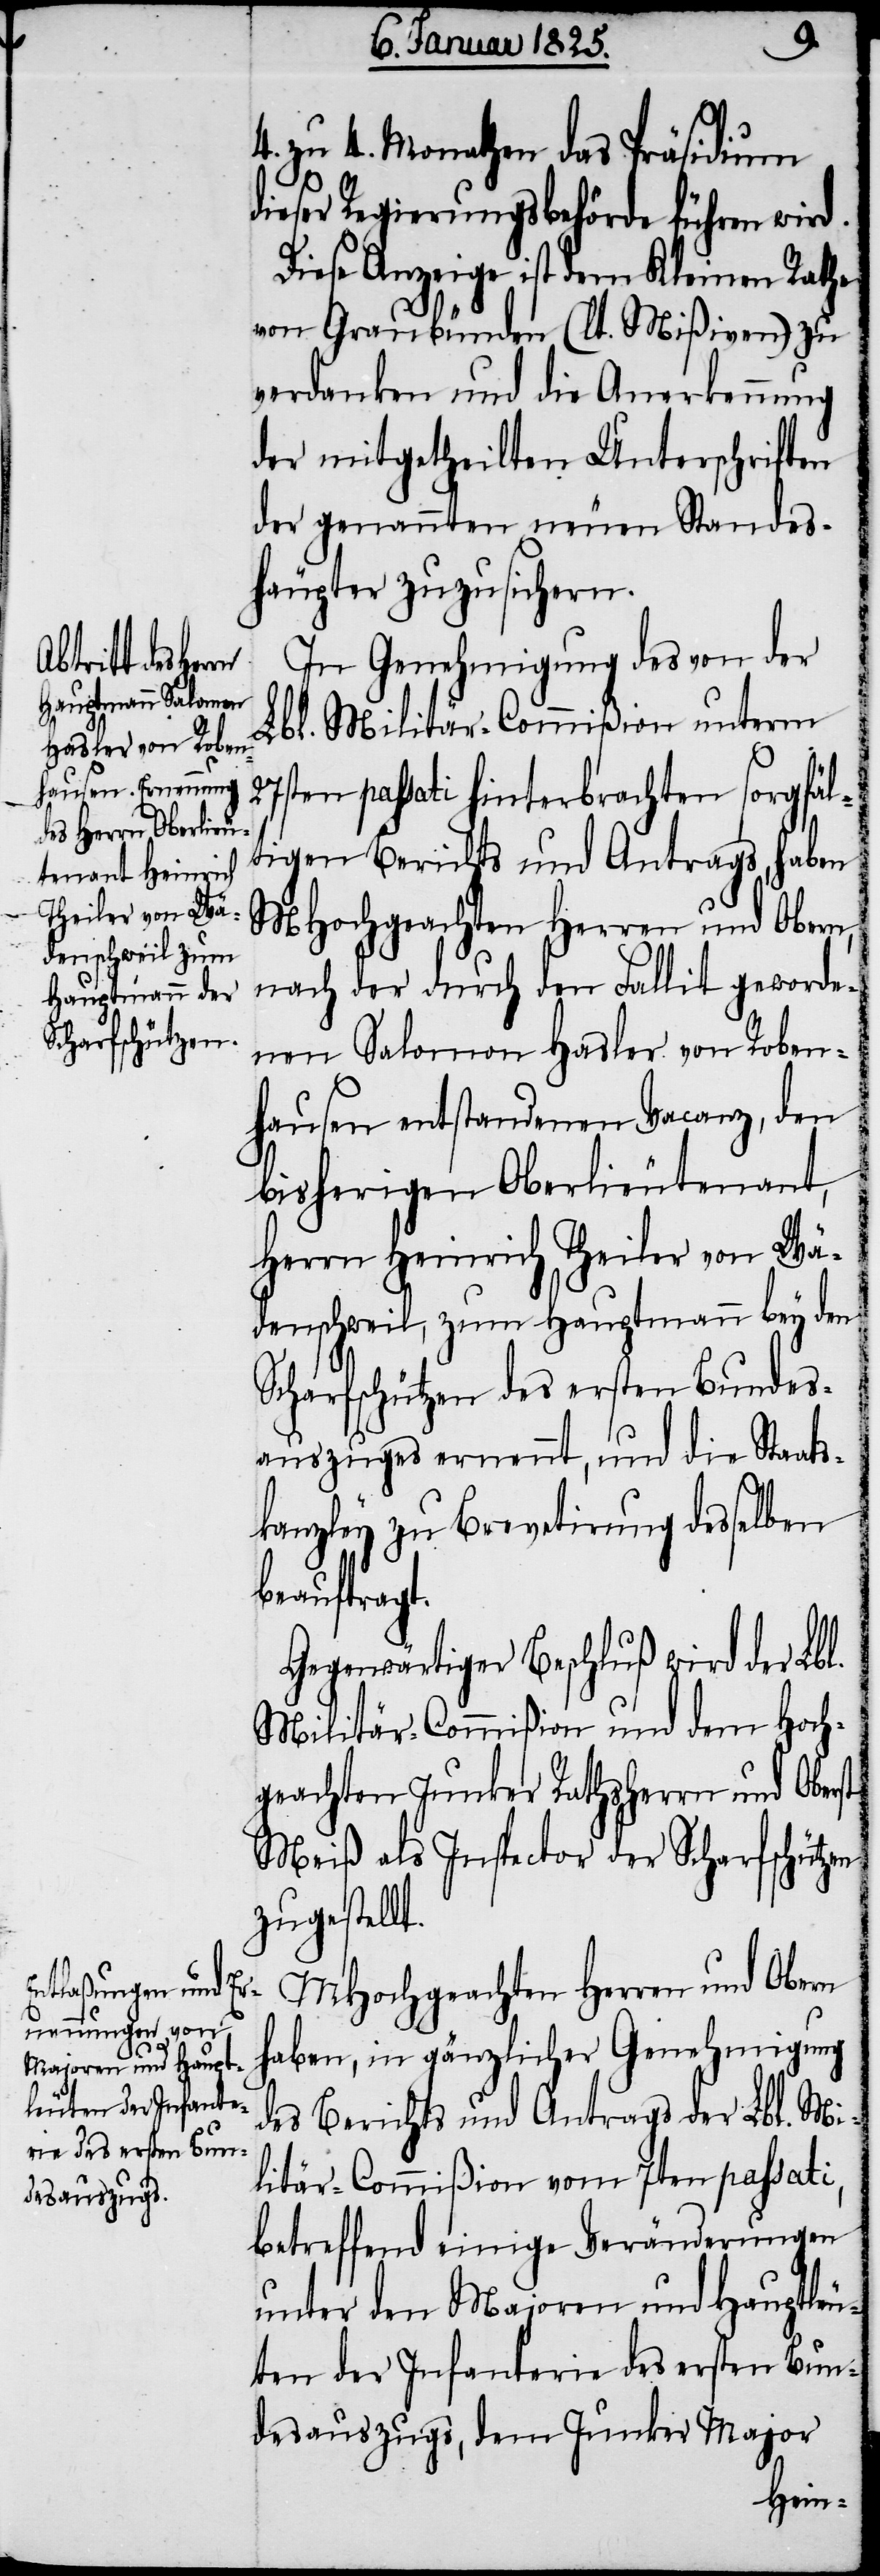
4. zu 4. Monathen das Präsidium
dieser Regierungsbehörde führen wird.
Diese Anzeige ist dem Kleinen Rathe
von Graubünden (lt. Mißiven) zu
verdanken und die Anerkennung
der mitgetheilten Unterschriften
der genannten neuen Standes¬
häupter zuzusichern.
In Genehmigung des von der
Lbl. Militär-Commißion unterm
27sten passati hinterbrachten sorgfäl¬
tigen Berichts und Antrags, haben
MHochgeachten Herren und Obern,
nach der durch den Fallit geworde¬
nen Salomon Hasler von Roben¬
hausen entstandenen Vacanz, den
bisherigen Oberlieutenant,
Herrn Heinrich Theiler von Wä¬
denschweil, zum Hauptmann bey den
Scharfschützen des ersten Bundes¬
auszuges ernennt, und die Staats¬
kanzley zu Brevetirung desselben
beauftragt.
Gegenwärtiger Beschluß wird der Lbl.
Militär-Commißion und dem Hoch¬
geachten Junker Rathsherrn und Oberst
Meiß als Inspector der Scharfschütz¬
zugestellt.
MHochgeachten Herren und Obern
haben, in gänzlicher Genehmigung
des Berichts und Antrags der Lbl. Mi¬
litär-Commißion vom 7ten passati,
betreffend einige Veränderungen
unter den Majoren und Hauptleu¬
ten der Infanterie des ersten Bun¬
desauszugs, dem Junker Major
en